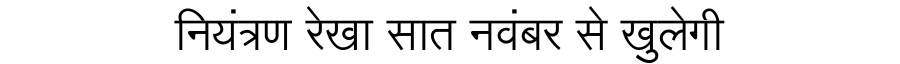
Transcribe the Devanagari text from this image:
नियंत्रण रेखा सात नवंबर से खुलेगी